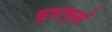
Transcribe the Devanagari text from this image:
सूत्राणुओं